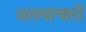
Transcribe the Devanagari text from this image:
अतयाचारों